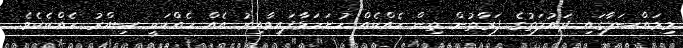
މިމައްސަލާގައި ދައުލަތުގެ ފަރާތުން ތިން ހެއްކެއް ހުށަހަޅާފައިވާއިރު އެއް ހެއްކަކީ ސިއްރު ހެއްކެކެވެ.